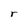
Character: r